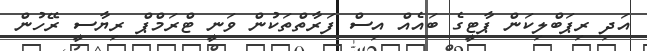
އަދި ރިޕަބްލިކަން ޕާޓީގެ ބައެއް އިސް ފަރާތްތަކުން ވަނީ ޓްރަމްޕް ރިޔާސީ ރޭހުން